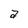
Character: a